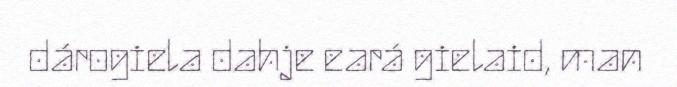
dárogiela dahje eará gielaid, man